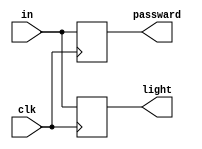
`timescale 1ns / 1ps


module Input(//
input [7:0]in,//
input clk,
output reg [7:0]passward,//
output reg [7:0]light//
    );
    always @ (posedge clk)
    begin
        passward=in;
        light=in;    
    end
endmodule